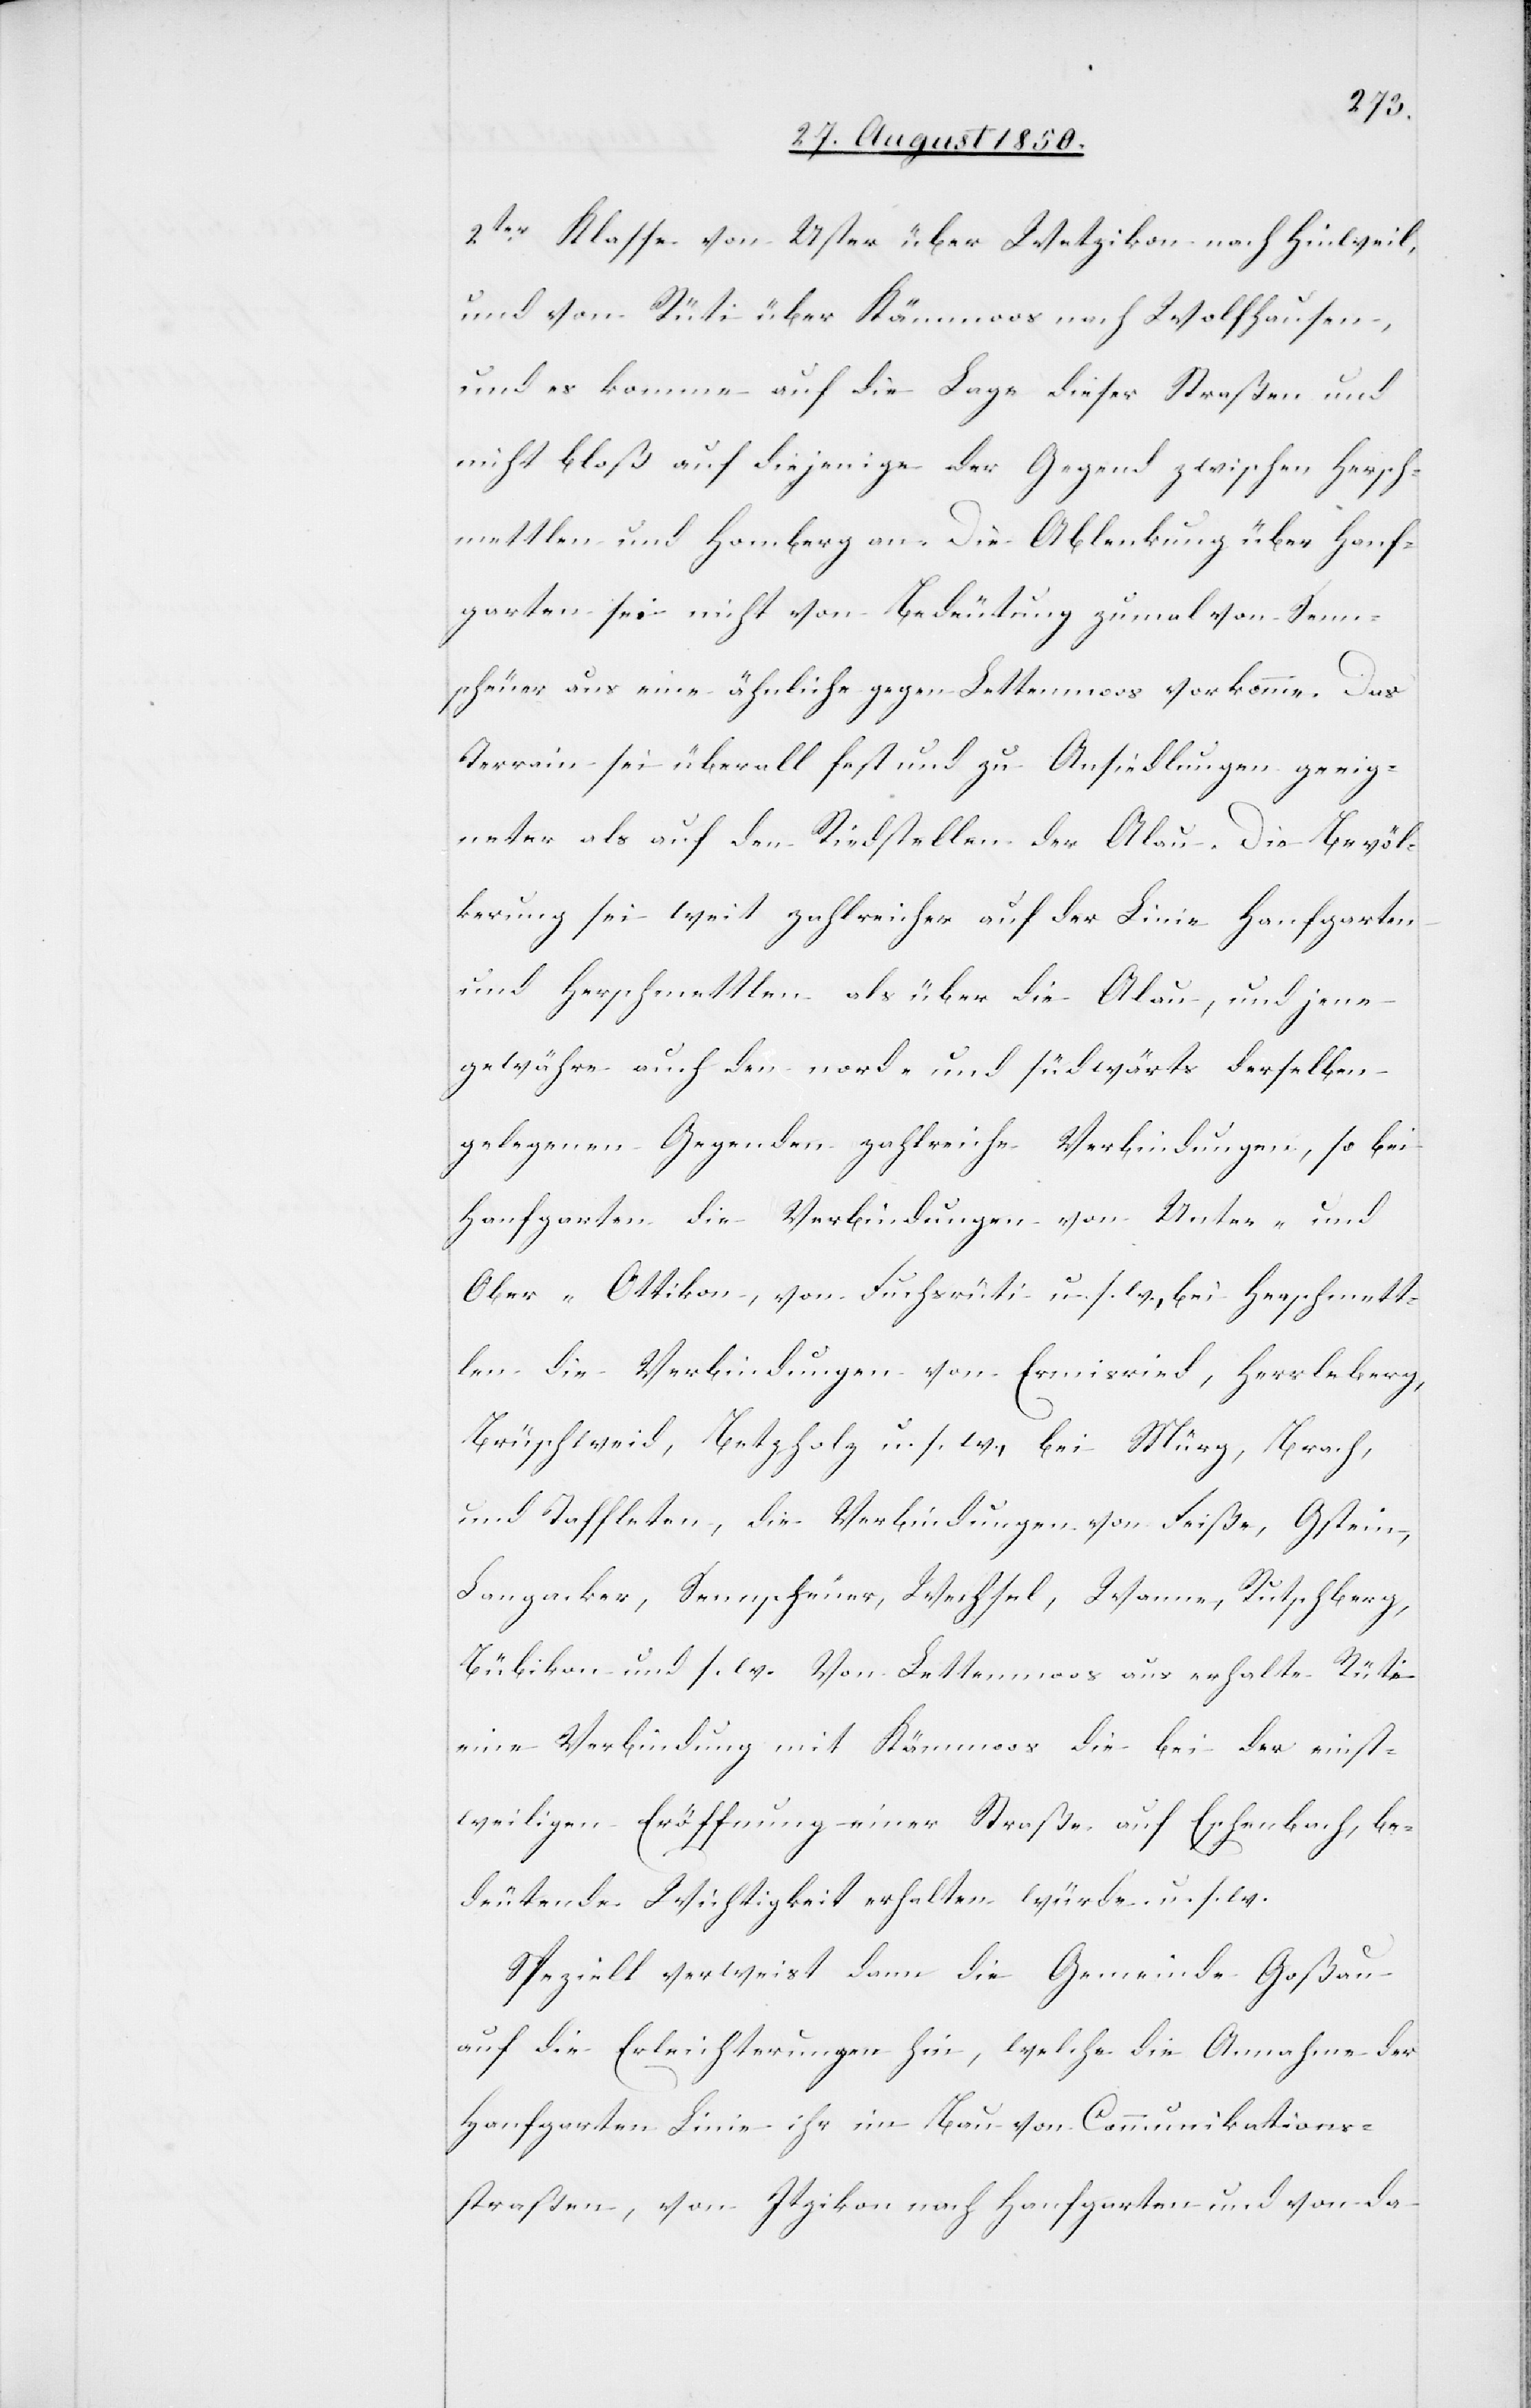
2ter Klasse von Uster über Wetzikon nach Hinweil,
und von Rüti über Kämmoos nach Wolfhausen,
und es komme auf die Lage dieser Straßen und
nicht bloß auf diejenige der Gegend zwischen Hersch¬
mettlen und Homberg an. Die Ablenkung über Hanf¬
garten sei nicht von Bedeutung zumal von Senn¬
scheuer aus eine ähnliche gegen Lettenmoos vorkomme. Das
Terrain sei überall fest und zu Ansiedlungen geeig¬
neter als auf den Riedstellen der Alau. Die Bevöl¬
kerung sei weit zahlreicher auf der Linie Hanfgarten
und Herschmettlen als über die Alau, und jene
gewähre auch den nord- und südwärts derselben
gelegenen Gegenden zahlreiche Verbindungen, so bei
Hanfgarten die Verbindungen von Unter- und
Ober-Ottikon, von Fuchsrüti u. s. w., bei Herschmett¬
len die Verbindungen von Ermisried, Herrleberg,
Brüschweid, Betzholz u. s. w., bei Mürg, Brach,
und Taffleten, die Verbindungen von Feiße, Gstein,
Langacker, Sennscheuer, Wechsel, Wanne, Rutschberg,
Bübikon und s. w. Von Lettenmoos aus erhalte Rüti
eine Verbindung mit Kämmoos die bei der einst¬
weiligen Eröffnung einer Straße auf Eschenbach, be¬
deutende Wichtigkeit erhalten würde u. s. w.
Speziell verweist dann die Gemeinde Goßau
auf die Erleichterungen hin, welche die Annahme der
Hanfgarten Linie ihr im Bau von Communikations¬
straßen, von Itzikon nach Hanfgarten und von da